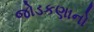
જોડકણાનો